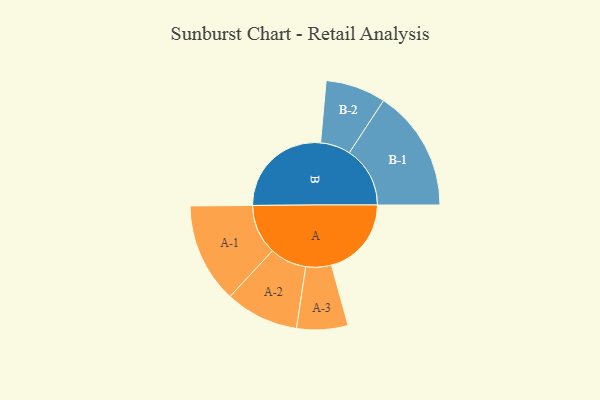
{"axis": {"x": "Segment", "y": "Value"}, "legend": ["", "A", "B"], "data": [{"x": "A", "y": 350, "type": ""}, {"x": "B", "y": 448, "type": ""}, {"x": "A-1", "y": 219, "type": "A"}, {"x": "A-2", "y": 161, "type": "A"}, {"x": "A-3", "y": 112, "type": "A"}, {"x": "B-1", "y": 266, "type": "B"}, {"x": "B-2", "y": 132, "type": "B"}]}